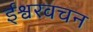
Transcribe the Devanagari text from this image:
ईश्वरवचन